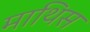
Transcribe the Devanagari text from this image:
माथिस